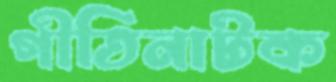
গীতিনাটক